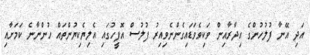
އަދި އޭނާ ފުލުހުންގެ އިދާރާއިން ވަކިވެވަޑައިގެންނެވިއިރު ފުލުސް އޮފީހުގައި އެލިޔެކިޔުންތައް ހުންނާނެ ކަމަށާއި